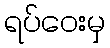
ရပ်ဝေးမှ